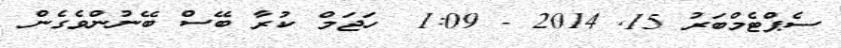
ސެޕްޓެމްބަރު 15